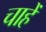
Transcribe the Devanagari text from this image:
चाहेँ